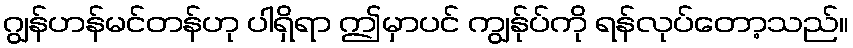
ဂျွန်ဟန်မင်တန်ဟု ပါရှိရာ ဤမှာပင် ကျွန်ုပ်ကို ရန်လုပ်တော့သည်။